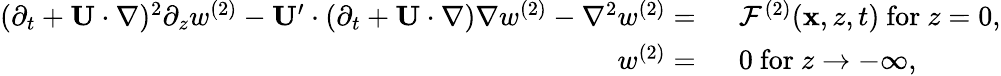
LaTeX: \begin{array}{rl}{(\partial_{t}+\mathbf{U}\cdot\nabla)^{2}\partial_{z}w^{(2)}-\mathbf{U}^{\prime}\cdot(\partial_{t}+\mathbf{U}\cdot\nabla)\nabla w^{(2)}-\nabla^{2}w^{(2)}=~}&{\mathcal{F}^{(2)}(\mathbf{x},z,t)~\mathrm{for}~z=0,}\\ {w^{(2)}=~}&{0~\mathrm{for}~z\to-\infty,}\end{array}